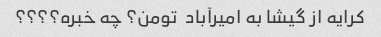
کرایه از گیشا به امیرآباد  تومن؟ چه خبره؟؟؟؟